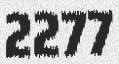
2277